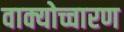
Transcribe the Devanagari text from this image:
वाक्योच्चारण